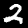
Digit: 2